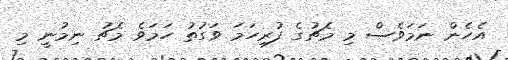
އެހެން ނަމަވެސް މި މެޗުގެ ފުރިހަމަ ވަގުތު ހަމަވެ މެޗު ނިމުނީ މި